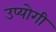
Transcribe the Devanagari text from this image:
उप्योगी